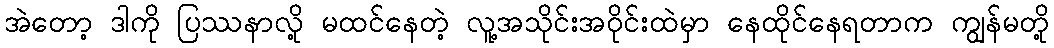
အဲတော့ ဒါကို ပြဿနာလို့ မထင်နေတဲ့ လူ့အသိုင်းအဝိုင်းထဲမှာ နေထိုင်နေရတာက ကျွန်မတို့